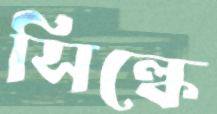
সিল্কে